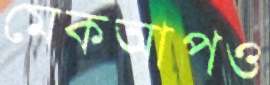
মেকআপও